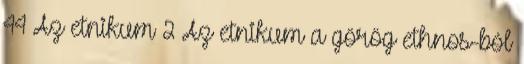
44 Az etnikum 2 Az etnikum a görög ethnos-ból